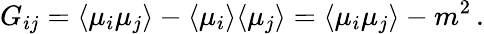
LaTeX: G_{ij}=\langle\mu_{i}\mu_{j}\rangle-\langle\mu_{i}\rangle\langle\mu_{j}\rangle=\langle\mu_{i}\mu_{j}\rangle-m^{2}\, .